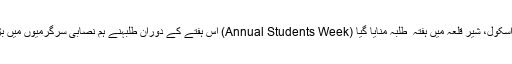
تفصیلات کے مطابق ہر سال کی طرح اس سال بھی آغاخان ہائیر سکینڈری اسکول، شیر قلعہ میں ہفتہ ٔ طلبہ منایا گیا (Annual Students Week) اس ہفتے کے دوران طلبہنے ہم نصابی سرگرمیوں میں بڑ ھ چڑھہ کر حصہ لیتے ہوئے اپنی پوشیدہ صلاحیتوں کا خوب مظاہرہ کیا ۔